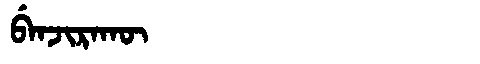
Manchu: ᠪᡝᠨᠵᡳᡵᠠᡴᡡ
Romanization: BENJIRAKŪ